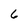
Character: 6